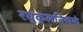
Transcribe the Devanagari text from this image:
रघुकुलतिलकं